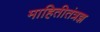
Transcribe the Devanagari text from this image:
माहितीतंत्रज्ञ